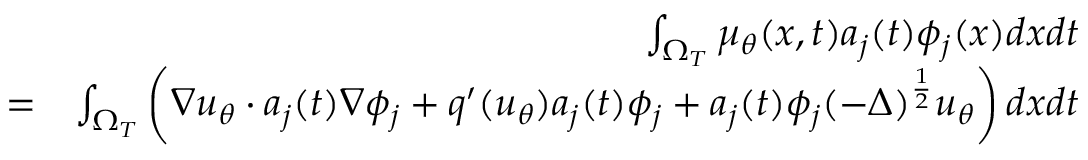
\begin{array} { r l r } & { } & { \int _ { \Omega _ { T } } \mu _ { \theta } ( x , t ) a _ { j } ( t ) \phi _ { j } ( x ) d x d t } \\ & { = } & { \int _ { \Omega _ { T } } \left( \nabla u _ { \theta } \cdot a _ { j } ( t ) \nabla \phi _ { j } + q ^ { \prime } ( u _ { \theta } ) a _ { j } ( t ) \phi _ { j } + a _ { j } ( t ) \phi _ { j } ( - \Delta ) ^ { \frac { 1 } { 2 } } u _ { \theta } \right) d x d t } \end{array}